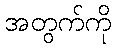
အတွက်ကို